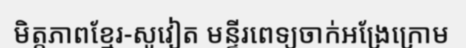
មិត្តភាពខ្មែរ-សូវៀត មន្ទីរពេទ្យចាក់អង្រែក្រោម